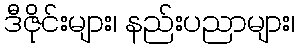
ဒီဇိုင်းများ၊ နည်းပညာများ၊